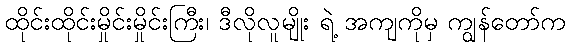
ထိုင်းထိုင်းမှိုင်းမှိုင်းကြီး၊ ဒီလိုလူမျိုး ရဲ့ အကျကိုမှ ကျွန်တော်က